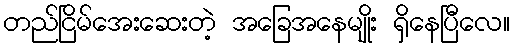
တည်ငြိမ်အေးဆေးတဲ့ အခြေအနေမျိုး ရှိနေပြီလေ။